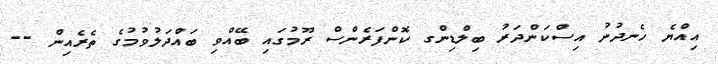
އިއްޔެ ހެނދުނު އިސްކަންދަރު ބިލްޑިންގ ކޮންފަރެންސް ރޫމުގައި ބޭއްވި ބައްދަލުވުމުގެ ތެރެއިން --